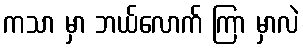
ကသာ မှာ ဘယ်လောက် ကြာ မှာလဲ